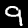
Digit: 9